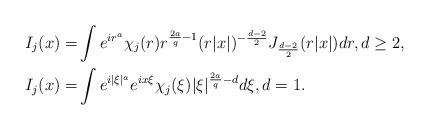
LaTeX: \begin{align*}I_{j}(x)=&\int e^{ir^a}\chi_{j}(r)r^{\frac{2a}{q}-1}(r|x|)^{-\frac{d-2}{2}}J_{\frac{d-2}{2}}(r|x|)dr, d\geq 2,\\I_{j}(x)=&\int e^{i|\xi|^a}e^{ix\xi}\chi_{j}(\xi)|\xi|^{\frac{2a}{q}-d}d\xi, d=1.\end{align*}